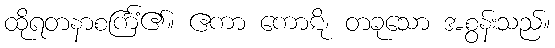
ထိုရတနာစင်္ကြံ၏။ ဧကာ ကောဋိ၊ တခုသော အစွန်းသည်။